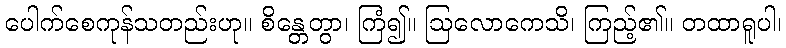
ပေါက်စေကုန်သတည်းဟု။ စိန္တေတွာ၊ ကြံ၍။ ဩလောကေသိ၊ ကြည့်၏။ တထာရူပါ၊